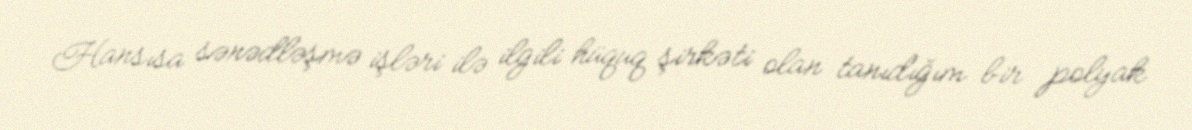
Hansısa sənədləşmə işləri ilə ilgili hüquq şirkəti olan tanıdığım bir polyak